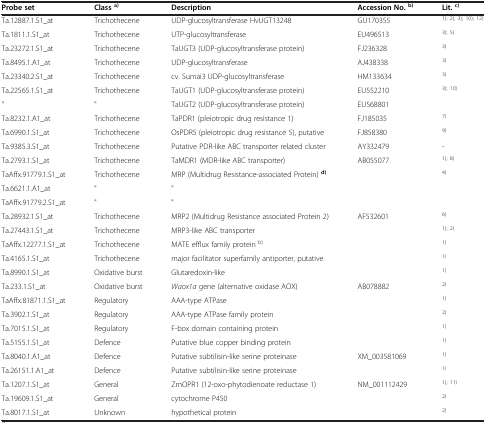
<table><thead><tr><td><b>Probe set</b></td><td><b>Class<sup>a)</sup></b></td><td><b>Description</b></td><td><b>Accession No.<sup>b)</sup></b></td><td><b>Lit.<sup>c)</sup></b></td></tr></thead><tbody><tr><td>Ta.12887.1.S1_at</td><td>Trichothecene</td><td>UDP-glucosyltransferase HvUGT13248</td><td>GU170355</td><td><sup>1); 2); 3); 10); 12)</sup></td></tr><tr><td>Ta.1811.1.S1_at</td><td>Trichothecene</td><td>UTP-glucosyltransferase</td><td>EU496513</td><td><sup>3); 5)</sup></td></tr><tr><td>Ta.23272.1.S1_at</td><td>Trichothecene</td><td>TaUGT3 (UDP-glucosyltransferase protein)</td><td>FJ236328</td><td><sup>3)</sup></td></tr><tr><td>Ta.8495.1.A1_at</td><td>Trichothecene</td><td>UDP-glucosyltransferase</td><td>AJ438338</td><td><sup>3)</sup></td></tr><tr><td>Ta.23340.2.S1_at</td><td>Trichothecene</td><td>cv. Sumai3 UDP-glucosyltransferase</td><td>HM133634</td><td><sup>3)</sup></td></tr><tr><td>Ta.22565.1.S1_at</td><td>Trichothecene</td><td>TaUGT1 (UDP-glucosyltransferase protein)</td><td>EU552210</td><td><sup>3); 10)</sup></td></tr><tr><td>&quot;</td><td>&quot;</td><td>TaUGT2 (UDP-glucosyltransferase protein)</td><td>EU568801</td><td> </td></tr><tr><td>Ta.8232.1.A1_at</td><td>Trichothecene</td><td>TaPDR1 (pleiotropic drug resistance 1)</td><td>FJ185035</td><td><sup>7)</sup></td></tr><tr><td>Ta.6990.1.S1_at</td><td>Trichothecene</td><td>OsPDR5 (pleiotropic drug resistance 5), putative</td><td>FJ858380</td><td><sup>9)</sup></td></tr><tr><td>Ta.9385.3.S1_at</td><td>Trichothecene</td><td>Putative PDR-like ABC transporter related cluster</td><td>AY332479</td><td>-</td></tr><tr><td>Ta.2793.1.S1_at</td><td>Trichothecene</td><td>TaMDR1 (MDR-like ABC transporter)</td><td>AB055077</td><td><sup>1); 8)</sup></td></tr><tr><td>TaAffx.91779.1.S1_at</td><td>Trichothecene</td><td>MRP (Multidrug Resistance-associated Protein) <sup><b>d)</b></sup></td><td> </td><td><sup>4)</sup></td></tr><tr><td>Ta.6621.1.A1_at</td><td>&quot;</td><td>&quot;</td><td> </td><td> </td></tr><tr><td>TaAffx.91779.2.S1_at</td><td>&quot;</td><td>&quot;</td><td> </td><td> </td></tr><tr><td>Ta.28932.1.S1_at</td><td>Trichothecene</td><td>MRP2 (Multidrug Resistance associated Protein 2)</td><td>AF532601</td><td><sup>6)</sup></td></tr><tr><td>Ta.27443.1.S1_at</td><td>Trichothecene</td><td>MRP3-like ABC transporter</td><td> </td><td><sup>1); 2)</sup></td></tr><tr><td>TaAffx.12277.1.S1_at</td><td>Trichothecene</td><td>MATE efflux family protein <sup>b)</sup></td><td> </td><td><sup>1)</sup></td></tr><tr><td>Ta.4165.1.S1_at</td><td>Trichothecene</td><td>major facilitator superfamily antiporter, putative</td><td> </td><td><sup>1)</sup></td></tr><tr><td>Ta.8990.1.S1_at</td><td>Oxidative burst</td><td>Glutaredoxin-like</td><td> </td><td><sup>1)</sup></td></tr><tr><td>Ta.233.1.S1_at</td><td>Oxidative burst</td><td><i>Waox1a</i> gene (alternative oxidase AOX)</td><td>AB078882</td><td><sup>2)</sup></td></tr><tr><td>TaAffx.81871.1.S1_at</td><td>Regulatory</td><td>AAA-type ATPase</td><td> </td><td><sup>1)</sup></td></tr><tr><td>Ta.3902.1.S1_at</td><td>Regulatory</td><td>AAA-type ATPase family protein</td><td> </td><td><sup>2)</sup></td></tr><tr><td>Ta.7015.1.S1_at</td><td>Regulatory</td><td>F-box domain containing protein</td><td> </td><td><sup>1)</sup></td></tr><tr><td>Ta.5155.1.S1_at</td><td>Defence</td><td>Putative blue copper binding protein</td><td> </td><td><sup>1)</sup></td></tr><tr><td>Ta.8040.1.A1_at</td><td>Defence</td><td>Putative subtilisin-like serine proteinase</td><td>XM_003581069</td><td><sup>1)</sup></td></tr><tr><td>Ta.26151.1.A1_at</td><td>Defence</td><td>Putative subtilisin-like serine proteinase</td><td> </td><td><sup>1)</sup></td></tr><tr><td>Ta.1207.1.S1_at</td><td>General</td><td>ZmOPR1 (12-oxo-phytodienoate reductase 1)</td><td>NM_001112429</td><td><sup>1); 11)</sup></td></tr><tr><td>Ta.19609.1.S1_at</td><td>General</td><td>cytochrome P450</td><td> </td><td><sup>2)</sup></td></tr><tr><td>Ta.8017.1.S1_at</td><td>Unknown</td><td>hypothetical protein</td><td> </td><td><sup>2)</sup></td></tr></tbody></table>